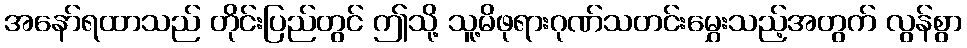
အနော်ရထာသည် တိုင်းပြည်တွင် ဤသို့ သူ့မိဖုရားဂုဏ်သတင်းမွှေးသည့်အတွက် လွန်စွာ